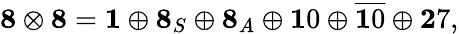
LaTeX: {\mathbf 8}\otimes{\mathbf 8}={\mathbf 1}\oplus{\mathbf 8}_{S}\oplus{\mathbf 8}_{A}\oplus{\mathbf 10}\oplus\overline{{{\mathbf 10}}}\oplus{\mathbf 27},